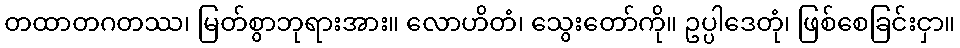
တထာတဂတဿ၊ မြတ်စွာဘုရားအား။ လောဟိတံ၊ သွေးတော်ကို။ ဥပ္ပါဒေတုံ၊ ဖြစ်စေခြင်းငှာ။